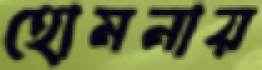
হোমনায়